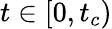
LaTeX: t\in[0,t_{c})